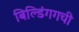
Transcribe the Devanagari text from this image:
बिल्डिंगगची